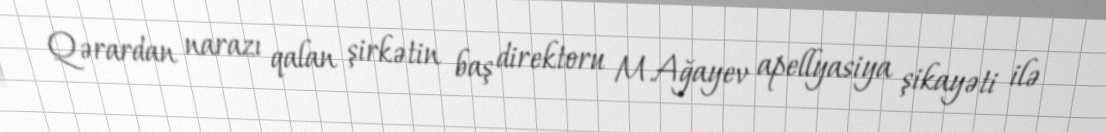
Qərardan narazı qalan şirkətin baş direktoru M.Ağayev apellyasiya şikayəti ilə